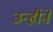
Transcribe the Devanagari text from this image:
उन्हीनें